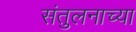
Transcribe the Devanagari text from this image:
संतुलनाच्या